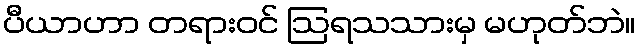
ပီယာဟာ တရားဝင် ဩရသသားမှ မဟုတ်ဘဲ။